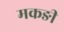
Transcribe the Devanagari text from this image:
मकङी